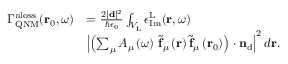
\begin{array} { r l } { \Gamma _ { \mathrm { Q N M } } ^ { \mathrm { n l o s s } } ( \mathbf { r } _ { 0 } , \omega ) } & { = \frac { 2 | \mathbf { d } | ^ { 2 } } { \hbar \epsilon _ { 0 } } \int _ { V _ { \mathrm { L } } } \epsilon _ { \mathrm { I m } } ^ { \mathrm { L } } ( \mathbf { r } , \omega ) } \\ & { \left| \left( \sum _ { \mu } A _ { \mu } \left( \omega \right) \, \tilde { \mathbf { f } } _ { \mu } \left( { \bf r } \right) \tilde { \mathbf { f } } _ { \mu } \left( { \bf r } _ { 0 } \right) \right) \cdot \mathbf { n } _ { \mathrm { d } } \right| ^ { 2 } d \mathbf { r } . } \end{array}